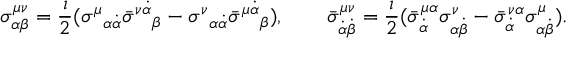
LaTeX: \sigma _ { \alpha \beta } ^ { \mu \nu } = \frac { \i } { 2 } ( { \sigma ^ { \mu } } _ { \alpha \dot { \alpha } } \bar { \sigma } ^ { \nu \dot { \alpha } } { } _ { \beta } - { \sigma ^ { \nu } } _ { \alpha \dot { \alpha } } \bar { \sigma } ^ { \mu \dot { \alpha } } { } _ { \beta } ) , \qquad \bar { \sigma } _ { \dot { \alpha } \dot { \beta } } ^ { \mu \nu } = \frac { \i } { 2 } ( \bar { \sigma } _ { \dot { \alpha } } ^ { \mu \alpha } \sigma _ { \alpha \dot { \beta } } ^ { \nu } - \bar { \sigma } _ { \dot { \alpha } } ^ { \nu \alpha } \sigma _ { \alpha \dot { \beta } } ^ { \mu } ) .